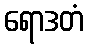
ရောဒတံ